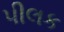
પીલક